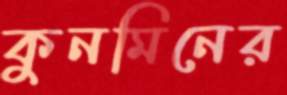
কুনমিনের